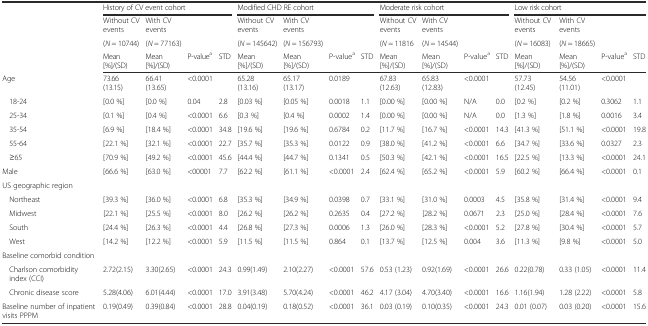
<table><thead><tr><td>[EMPTY_CELL]</td><td colspan="4"><b>History of CV event cohort</b></td><td colspan="4"><b>Modified CHD RE cohort</b></td><td colspan="4"><b>Moderate risk cohort</b></td><td colspan="4"><b>Low risk cohort</b></td></tr><tr><td rowspan="3">[EMPTY_CELL]</td><td><b>Without CV events</b></td><td><b>With CV events</b></td><td colspan="2" rowspan="2">[EMPTY_CELL]</td><td><b>Without CV events</b></td><td><b>With CV events</b></td><td colspan="2" rowspan="2">[EMPTY_CELL]</td><td><b>Without CV events</b></td><td><b>With CV events</b></td><td colspan="2" rowspan="2">[EMPTY_CELL]</td><td><b>Without CV events</b></td><td><b>With CV events</b></td><td colspan="2" rowspan="2">[EMPTY_CELL]</td></tr><tr><td><b>(<i>N</i> = 10744)</b></td><td><b>(<i>N</i> = 77163)</b></td><td><b>(<i>N</i> = 145642)</b></td><td><b>(<i>N</i> = 156793)</b></td><td><b>(<i>N</i> = 11816</b></td><td><b>(<i>N</i> = 14544)</b></td><td><b>(<i>N</i> = 16083)</b></td><td><b>(<i>N</i> = 18665)</b></td></tr><tr><td><b>Mean [%]/(SD)</b></td><td><b>Mean [%]/(SD)</b></td><td><b>P-value<sup>a</sup></b></td><td><b>STD</b></td><td><b>Mean [%]/(SD)</b></td><td><b>Mean [%]/(SD)</b></td><td><b>P-value<sup>a</sup></b></td><td><b>STD</b></td><td><b>Mean [%]/(SD)</b></td><td><b>Mean [%]/(SD)</b></td><td><b>P-value<sup>a</sup></b></td><td><b>STD</b></td><td><b>Mean [%]/(SD)</b></td><td><b>Mean [%]/(SD)</b></td><td><b>P-value<sup>a</sup></b></td><td><b>STD</b></td></tr></thead><tbody><tr><td>Age</td><td>73.66 (13.15)</td><td>66.41 (13.65)</td><td>&lt;0.0001</td><td>[EMPTY_CELL]</td><td>65.28 (13.16)</td><td>65.17 (13.17)</td><td>0.0189</td><td>[EMPTY_CELL]</td><td>67.83 (12.63)</td><td>65.83 (12.83)</td><td>&lt;0.0001</td><td>[EMPTY_CELL]</td><td>57.73 (12.45)</td><td>54.56 (11.01)</td><td>&lt;0.0001</td><td>[EMPTY_CELL]</td></tr><tr><td>18-24</td><td>[0.0 %]</td><td>[0.0 %]</td><td>0.04</td><td>2.8</td><td>[0.03 %]</td><td>[0.05 %]</td><td>0.0018</td><td>1.1</td><td>[0.00 %]</td><td>[0.00 %]</td><td>N/A</td><td>0.0</td><td>[0.2 %]</td><td>[0.2 %]</td><td>0.3062</td><td>1.1</td></tr><tr><td>25-34</td><td>[0.1 %]</td><td>[0.4 %]</td><td>&lt;0.0001</td><td>6.6</td><td>[0.3 %]</td><td>[0.4 %]</td><td>0.0002</td><td>1.4</td><td>[0.00 %]</td><td>[0.00 %]</td><td>N/A</td><td>0.0</td><td>[1.3 %]</td><td>[1.8 %]</td><td>0.0016</td><td>3.4</td></tr><tr><td>35-54</td><td>[6.9 %]</td><td>[18.4 %]</td><td>&lt;0.0001</td><td>34.8</td><td>[19.6 %]</td><td>[19.6 %]</td><td>0.6784</td><td>0.2</td><td>[11.7 %]</td><td>[16.7 %]</td><td>&lt;0.0001</td><td>14.3</td><td>[41.3 %]</td><td>[51.1 %]</td><td>&lt;0.0001</td><td>19.8</td></tr><tr><td>55-64</td><td>[22.1 %]</td><td>[32.1 %]</td><td>&lt;0.0001</td><td>22.7</td><td>[35.7 %]</td><td>[35.3 %]</td><td>0.0122</td><td>0.9</td><td>[38.0 %]</td><td>[41.2 %]</td><td>&lt;0.0001</td><td>6.6</td><td>[34.7 %]</td><td>[33.6 %]</td><td>0.0327</td><td>2.3</td></tr><tr><td>≥65</td><td>[70.9 %]</td><td>[49.2 %]</td><td>&lt;0.0001</td><td>45.6</td><td>[44.4 %]</td><td>[44.7 %]</td><td>0.1341</td><td>0.5</td><td>[50.3 %]</td><td>[42.1 %]</td><td>&lt;0.0001</td><td>16.5</td><td>[22.5 %]</td><td>[13.3 %]</td><td>&lt;0.0001</td><td>24.1</td></tr><tr><td>Male</td><td>[66.6 %]</td><td>[63.0 %]</td><td>&lt;00001</td><td>7.7</td><td>[62.2 %]</td><td>[61.1 %]</td><td>&lt;0.0001</td><td>2.4</td><td>[62.4 %]</td><td>[65.2 %]</td><td>&lt;0.0001</td><td>5.9</td><td>[60.2 %]</td><td>[66.4 %]</td><td>&lt;0.0001</td><td>0.1</td></tr><tr><td>US geographic region</td><td>[EMPTY_CELL]</td><td>[EMPTY_CELL]</td><td>[EMPTY_CELL]</td><td>[EMPTY_CELL]</td><td>[EMPTY_CELL]</td><td>[EMPTY_CELL]</td><td>[EMPTY_CELL]</td><td>[EMPTY_CELL]</td><td>[EMPTY_CELL]</td><td>[EMPTY_CELL]</td><td>[EMPTY_CELL]</td><td>[EMPTY_CELL]</td><td>[EMPTY_CELL]</td><td>[EMPTY_CELL]</td><td>[EMPTY_CELL]</td><td>[EMPTY_CELL]</td></tr><tr><td>Northeast</td><td>[39.3 %]</td><td>[36.0 %]</td><td>&lt;0.0001</td><td>6.8</td><td>[35.3 %]</td><td>[34.9 %]</td><td>0.0398</td><td>0.7</td><td>[33.1 %]</td><td>[31.0 %]</td><td>0.0003</td><td>4.5</td><td>[35.8 %]</td><td>[31.4 %]</td><td>&lt;0.0001</td><td>9.4</td></tr><tr><td>Midwest</td><td>[22.1 %]</td><td>[25.5 %]</td><td>&lt;0.0001</td><td>8.0</td><td>[26.2 %]</td><td>[26.2 %]</td><td>0.2635</td><td>0.4</td><td>[27.2 %]</td><td>[28.2 %]</td><td>0.0671</td><td>2.3</td><td>[25.0 %]</td><td>[28.4 %]</td><td>&lt;0.0001</td><td>7.6</td></tr><tr><td>South</td><td>[24.4 %]</td><td>[26.3 %]</td><td>&lt;0.0001</td><td>4.4</td><td>[26.8 %]</td><td>[27.3 %]</td><td>0.0006</td><td>1.3</td><td>[26.0 %]</td><td>[28.3 %]</td><td>&lt;0.0001</td><td>5.2</td><td>[27.8 %]</td><td>[30.4 %]</td><td>&lt;0.0001</td><td>5.7</td></tr><tr><td>West</td><td>[14.2 %]</td><td>[12.2 %]</td><td>&lt;0.0001</td><td>5.9</td><td>[11.5 %]</td><td>[11.5 %]</td><td>0.864</td><td>0.1</td><td>[13.7 %]</td><td>[12.5 %]</td><td>0.004</td><td>3.6</td><td>[11.3 %]</td><td>[9.8 %]</td><td>&lt;0.0001</td><td>5.0</td></tr><tr><td>Baseline comorbid condition</td><td>[EMPTY_CELL]</td><td>[EMPTY_CELL]</td><td>[EMPTY_CELL]</td><td>[EMPTY_CELL]</td><td>[EMPTY_CELL]</td><td>[EMPTY_CELL]</td><td>[EMPTY_CELL]</td><td>[EMPTY_CELL]</td><td>[EMPTY_CELL]</td><td>[EMPTY_CELL]</td><td>[EMPTY_CELL]</td><td>[EMPTY_CELL]</td><td>[EMPTY_CELL]</td><td>[EMPTY_CELL]</td><td>[EMPTY_CELL]</td><td>[EMPTY_CELL]</td></tr><tr><td>Charlson comorbidity index (CCI)</td><td>2.72(2.15)</td><td>3.30(2.65)</td><td>&lt;0.0001</td><td>24.3</td><td>0.99(1.49)</td><td>2.10(2.27)</td><td>&lt;0.0001</td><td>57.6</td><td>0.53 (1.23)</td><td>0.92(1.69)</td><td>&lt;0.0001</td><td>26.6</td><td>0.22(0.78)</td><td>0.33 (1.05)</td><td>&lt;0.0001</td><td>11.4</td></tr><tr><td>Chronic disease score</td><td>5.28(4.06)</td><td>6.01(4.44)</td><td>&lt;0.0001</td><td>17.0</td><td>3.91(3.48)</td><td>5.70(4.24)</td><td>&lt;0.0001</td><td>46.2</td><td>4.17 (3.04)</td><td>4.70(3.40)</td><td>&lt;0.0001</td><td>16.6</td><td>1.16(1.94)</td><td>1.28 (2.22)</td><td>&lt;0.0001</td><td>5.8</td></tr><tr><td>Baseline number of inpatient visits PPPM</td><td>0.19(0.49)</td><td>0.39(0.84)</td><td>&lt;0.0001</td><td>28.8</td><td>0.04(0.19)</td><td>0.18(0.52)</td><td>&lt;0.0001</td><td>36.1</td><td>0.03 (0.19)</td><td>0.10(0.35)</td><td>&lt;0.0001</td><td>24.3</td><td>0.01 (0.07)</td><td>0.03 (0.20)</td><td>&lt;0.0001</td><td>15.6</td></tr></tbody></table>